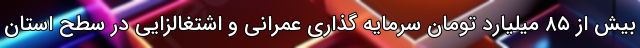
بیش از ۸۵ میلیارد تومان سرمایه گذاری عمرانی و اشتغالزایی در سطح استان